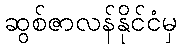
ဆွစ်ဇာလန်နိုင်ငံမှ